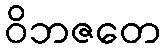
ဝိဘဇတေ